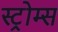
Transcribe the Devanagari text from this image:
स्ट्रोम्स